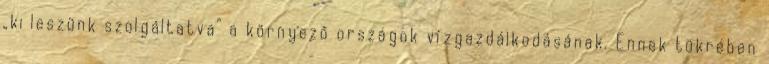
„ki leszünk szolgáltatva” a környező országok vízgazdálkodásának. Ennek tükrében